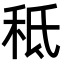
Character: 秪